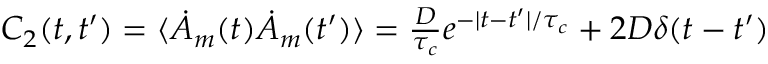
\begin{array} { r } { C _ { 2 } ( t , t ^ { \prime } ) = \langle \dot { A } _ { m } ( t ) \dot { A } _ { m } ( t ^ { \prime } ) \rangle = \frac { D } { \tau _ { c } } e ^ { - | t - t ^ { \prime } | / \tau _ { c } } + 2 D \delta ( t - t ^ { \prime } ) } \end{array}